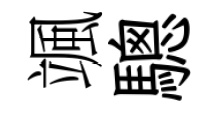
颯驄